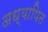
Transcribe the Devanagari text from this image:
अध्यापित